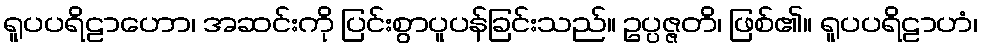
ရူပပရိဠာဟော၊ အဆင်းကို ပြင်းစွာပူပန်ခြင်းသည်။ ဥပ္ပဇ္ဇတိ၊ ဖြစ်၏။ ရူပပရိဠာဟံ၊